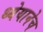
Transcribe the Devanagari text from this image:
ध्येयानेच